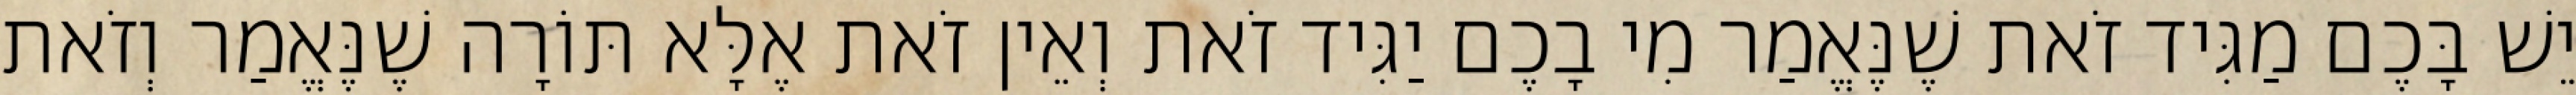
יֵשׁ בָּכֶם מַגִּיד זֹאת שֶׁנֶּאֱמַר מִי בָכֶם יַגִּיד זֹאת וְאֵין זֹאת אֶלָּא תּוֹרָה שֶׁנֶּאֱמַר וְזֹאת